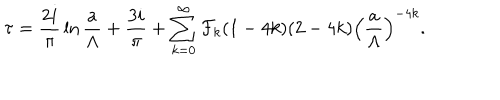
LaTeX: \tau = { \frac { 2 i } { \pi } } \ln { \frac { a } { \Lambda } } + { \frac { 3 i } { \pi } } + \sum _ { k = 0 } ^ { \infty } { \cal F } _ { k } ( 1 - 4 k ) ( 2 - 4 k ) \left( { \frac { a } { \Lambda } } \right) ^ { - 4 k } .